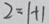
2 = 1 + 1